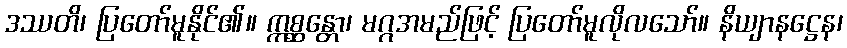
ဒဿတိ၊ ပြတော်မူနိုင်၏။ ဣစ္ဆန္တော၊ မဂ္ဂအမည်ဖြင့် ပြတော်မူလိုလသော်။ နိယျာနဋ္ဌေန၊